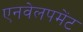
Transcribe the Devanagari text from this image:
एनवेलपमेंट